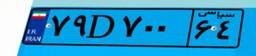
۸۹D۸۱۵۷۹